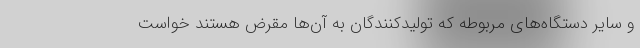
و سایر دستگاه‌های مربوطه که تولیدکنندگان به آن‌ها مقرض هستند خواست